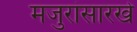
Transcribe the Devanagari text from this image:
मजुरांसारखे